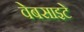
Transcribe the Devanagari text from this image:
वेबसाइटे